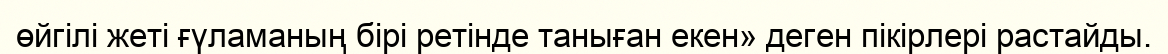
өйгілі жеті ғүламаның бірі ретінде таныған екен» деген пікірлері растайды.